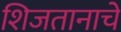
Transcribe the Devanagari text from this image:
शिजतानाचे